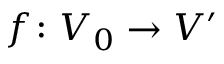
f \colon V _ { 0 } \rightarrow V ^ { \prime }